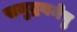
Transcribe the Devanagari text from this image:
समुद्रयमेषु